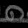
Digit: ၈